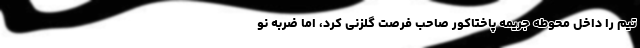
تیم را داخل محوطه جریمه پاختاکور صاحب فرصت گلزنی کرد، اما ضربه نو